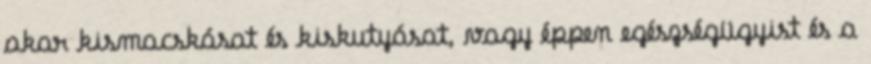
akar kismacskásat és kiskutyásat, vagy éppen egészségügyist és a